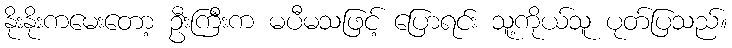
နိုးနိုးကမေးတော့ ဦးကြီးက မပီမသဖြင့် ပြောရင်း သူ့ကိုယ်သူ ပုတ်ပြသည်။